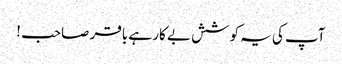
آپ کی یہ کوشش بے کار ہے باقر صاحب !